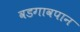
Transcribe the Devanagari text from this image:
वडगावपान